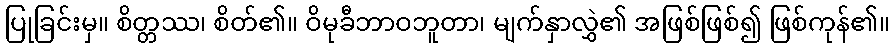
ပြုခြင်းမှ။ စိတ္တဿ၊ စိတ်၏။ ဝိမုခီဘာဝဘူတာ၊ မျက်နှာလွှဲ၏ အဖြစ်ဖြစ်၍ ဖြစ်ကုန်၏။